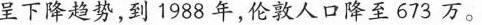
呈下降趋势，到1988年，伦敦人口降至673万。